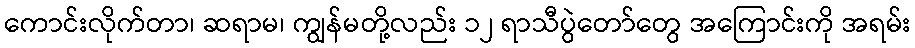
ကောင်းလိုက်တာ၊ ဆရာမ၊ ကျွန်မတို့လည်း ၁၂ ရာသီပွဲတော်တွေ အကြောင်းကို အရမ်း